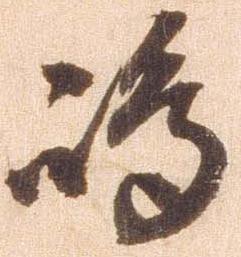
島